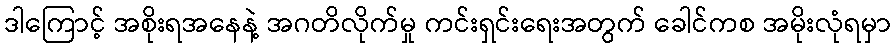
ဒါကြောင့် အစိုးရအနေနဲ့ အဂတိလိုက်မှု ကင်းရှင်းရေးအတွက် ခေါင်ကစ အမိုးလုံရမှာ